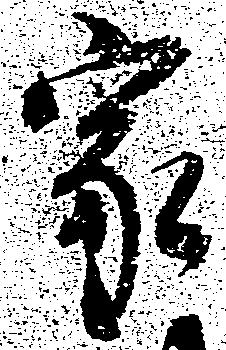
家